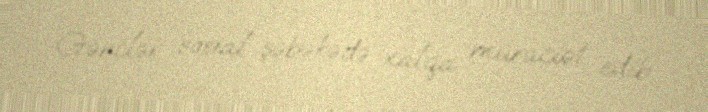
Gənclər sosial şəbəkədə xalqa müraciət edib.